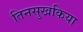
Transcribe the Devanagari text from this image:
तिनसुखकिया